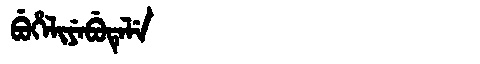
Manchu: ᠪᡠᡥᡝᠯᡳᠶᡝᠪᡠᡨᡝᠯᡝ
Romanization: BUHELIYEBUTELE